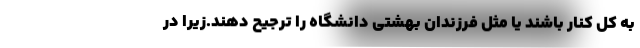
به کل کنار باشند یا مثل فرزندان بهشتی دانشگاه را ترجیح دهند.زیرا در